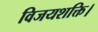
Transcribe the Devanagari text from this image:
विजयशक्ति।